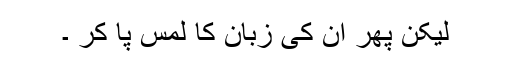
لیکن پھر ان کی زبان کا لمس پا کر ۔